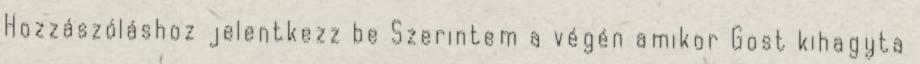
Hozzászóláshoz jelentkezz be Szerintem a végén amikor Gost kihagyta